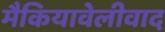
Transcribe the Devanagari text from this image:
मैकियावेलीवाद